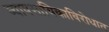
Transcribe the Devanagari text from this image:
व्यावसायिकाविरोधात